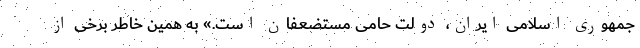
جمهوری اسلامی ایران،‌ دولت حامی مستضعفان است.» به همین خاطر برخی از